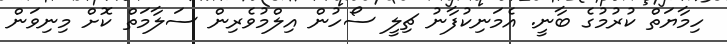
ހިމާޔަތް ކުރުމުގެ ބާނީ. އެމަނިކުފާނު ޗިލީ ސޯހުން އިލްމުވެރިން ސަލާމަތް ކޮށް މިނިވަން